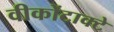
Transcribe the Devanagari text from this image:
वीकोंटाक्टे